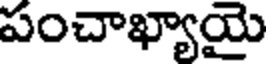
పంచాఖ్యాయై